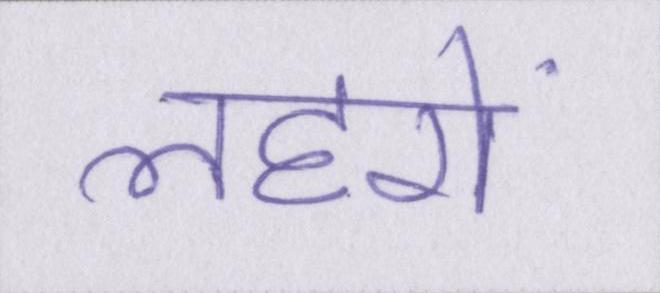
लहरों